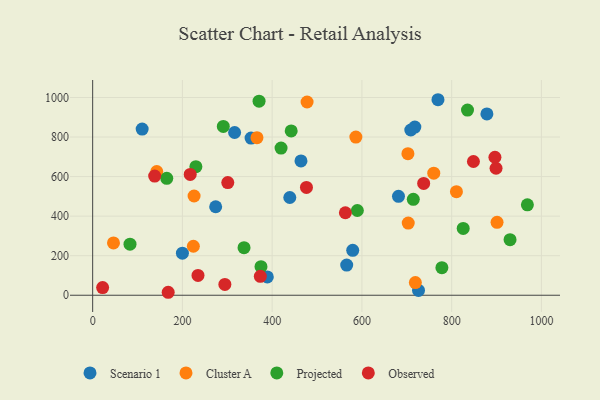
{"axis": {"x": "Ad Spend", "y": "Exam Score"}, "legend": ["Cluster A", "Observed", "Projected", "Scenario 1"], "data": [{"x": "110.3", "y": 840.3, "type": "Scenario 1"}, {"x": "274.1", "y": 447.5, "type": "Scenario 1"}, {"x": "389.2", "y": 92.8, "type": "Scenario 1"}, {"x": "717.9", "y": 850.3, "type": "Scenario 1"}, {"x": "681.5", "y": 500.2, "type": "Scenario 1"}, {"x": "464.2", "y": 679.4, "type": "Scenario 1"}, {"x": "726.1", "y": 24.2, "type": "Scenario 1"}, {"x": "708.9", "y": 835.5, "type": "Scenario 1"}, {"x": "316.3", "y": 822.9, "type": "Scenario 1"}, {"x": "769.5", "y": 988.7, "type": "Scenario 1"}, {"x": "878.5", "y": 917.1, "type": "Scenario 1"}, {"x": "566.1", "y": 152.5, "type": "Scenario 1"}, {"x": "439.3", "y": 494.3, "type": "Scenario 1"}, {"x": "579.5", "y": 227.3, "type": "Scenario 1"}, {"x": "200.0", "y": 212.5, "type": "Scenario 1"}, {"x": "353.0", "y": 795.0, "type": "Scenario 1"}, {"x": "366.1", "y": 796.6, "type": "Cluster A"}, {"x": "477.8", "y": 977.2, "type": "Cluster A"}, {"x": "719.1", "y": 63.9, "type": "Cluster A"}, {"x": "142.8", "y": 625.5, "type": "Cluster A"}, {"x": "226.0", "y": 501.9, "type": "Cluster A"}, {"x": "760.1", "y": 617.4, "type": "Cluster A"}, {"x": "224.4", "y": 247.8, "type": "Cluster A"}, {"x": "703.2", "y": 365.1, "type": "Cluster A"}, {"x": "46.4", "y": 264.6, "type": "Cluster A"}, {"x": "901.1", "y": 368.7, "type": "Cluster A"}, {"x": "702.5", "y": 716.1, "type": "Cluster A"}, {"x": "810.6", "y": 523.9, "type": "Cluster A"}, {"x": "586.5", "y": 800.0, "type": "Cluster A"}, {"x": "83.2", "y": 258.4, "type": "Projected"}, {"x": "370.8", "y": 981.3, "type": "Projected"}, {"x": "778.2", "y": 139.2, "type": "Projected"}, {"x": "419.8", "y": 744.4, "type": "Projected"}, {"x": "442.4", "y": 830.8, "type": "Projected"}, {"x": "375.1", "y": 144.4, "type": "Projected"}, {"x": "714.5", "y": 485.1, "type": "Projected"}, {"x": "930.1", "y": 281.0, "type": "Projected"}, {"x": "835.3", "y": 936.5, "type": "Projected"}, {"x": "825.7", "y": 337.7, "type": "Projected"}, {"x": "291.1", "y": 853.5, "type": "Projected"}, {"x": "589.8", "y": 428.4, "type": "Projected"}, {"x": "165.1", "y": 591.0, "type": "Projected"}, {"x": "968.7", "y": 457.2, "type": "Projected"}, {"x": "230.0", "y": 650.1, "type": "Projected"}, {"x": "337.3", "y": 240.7, "type": "Projected"}, {"x": "301.1", "y": 569.7, "type": "Observed"}, {"x": "168.3", "y": 15.0, "type": "Observed"}, {"x": "898.9", "y": 642.2, "type": "Observed"}, {"x": "896.4", "y": 697.9, "type": "Observed"}, {"x": "476.4", "y": 545.3, "type": "Observed"}, {"x": "294.6", "y": 54.7, "type": "Observed"}, {"x": "234.7", "y": 100.0, "type": "Observed"}, {"x": "737.6", "y": 565.6, "type": "Observed"}, {"x": "138.2", "y": 602.7, "type": "Observed"}, {"x": "22.2", "y": 38.9, "type": "Observed"}, {"x": "848.5", "y": 676.2, "type": "Observed"}, {"x": "217.4", "y": 611.0, "type": "Observed"}, {"x": "563.1", "y": 417.1, "type": "Observed"}, {"x": "373.6", "y": 95.5, "type": "Observed"}]}